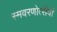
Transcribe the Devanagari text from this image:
स्मवरणोत्सैवों